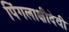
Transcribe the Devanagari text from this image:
पिंगलाक्षीदेवी